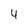
Character: 4